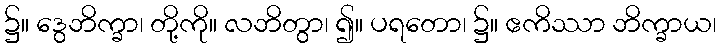
၌။ ဒွေဘိက္ခာ၊ တို့ကို။ လဘိတွာ၊ ၍။ ပရတော၊ ၌။ ဧကိဿာ ဘိက္ခာယ၊